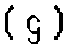
( ဌ )